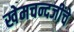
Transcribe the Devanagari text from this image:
खेमचन्दजींचे